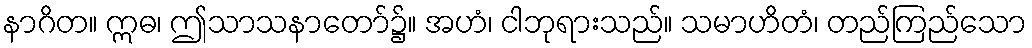
နာဂိတ။ ဣဓ၊ ဤသာသနာတော်၌။ အဟံ၊ ငါဘုရားသည်။ သမာဟိတံ၊ တည်ကြည်သော